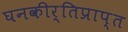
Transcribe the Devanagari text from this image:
घनकीर्तिप्राप्त